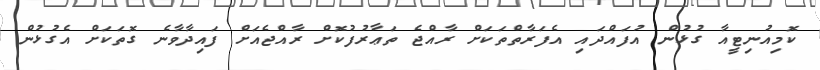
ކޮމިއުނިޓީއާ ގުޅުން އުފައްދައި އެފަރާތްތަކަށް ރާއްޖެ ތަޢާރުފުކޮށް ރާއްޖެއަށް ފައިދާވާނެ ގޮތަކަށް އެގުޅުން